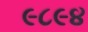
૯૮૯૪